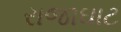
રાજાઘાટ